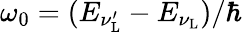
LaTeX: \omega_{0}=(E_{\nu_{\mathrm{L}}^{\prime}}-E_{\nu_{\mathrm{L}}})/\hbar